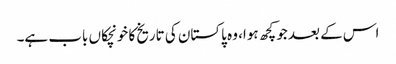
اس کے بعد جو کچھ ہوا، وہ پاکستان کی تاریخ کا خونچکاں باب ہے۔